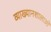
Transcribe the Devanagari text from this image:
व्याख्यानशालाओं